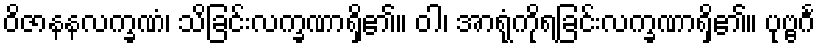
ဝိဇာနနလက္ခဏံ၊ သိခြင်းလက္ခဏာရှိ၏။ ဝါ၊ အာရုံကိုရခြင်းလက္ခဏာရှိ၏။ ပုဗ္ဗင်္ဂ